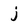
Character: j